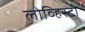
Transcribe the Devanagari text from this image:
लोव्हिस्टा